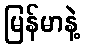
မြန်မာနဲ့